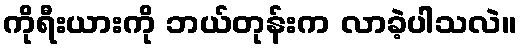
ကိုရီးယားကို ဘယ်တုန်းက လာခဲ့ပါသလဲ။